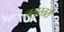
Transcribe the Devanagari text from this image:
जलस्तरों